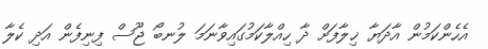
އެހެންކަމުން އާދަޔާ ޚިލާފަށް ދާ ހިއްލާކަމުގައިވާނަމަ ލުނބޯ ޖޫސް ފިނިފެން އަދި ކެލާ